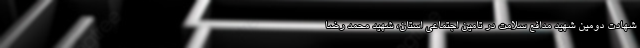
شهادت دومین شهید مدافع سلامت در تامین اجتماعی استان، شهید محمد رضا